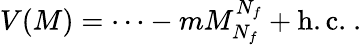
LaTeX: V(M)={\cdots}-mM_{N_{f}}^{N_{f}}+\mathrm{h.c.}\ .